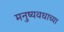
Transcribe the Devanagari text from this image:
मनुष्यवधाच्या